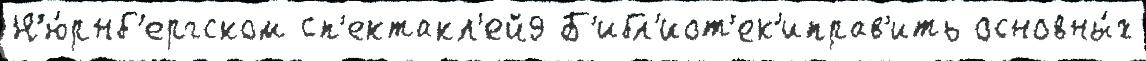
Н'ю́рнб'ергском сп'ектакл'ей9 Б'ибл'иот'ек'иправ'ить основны́х